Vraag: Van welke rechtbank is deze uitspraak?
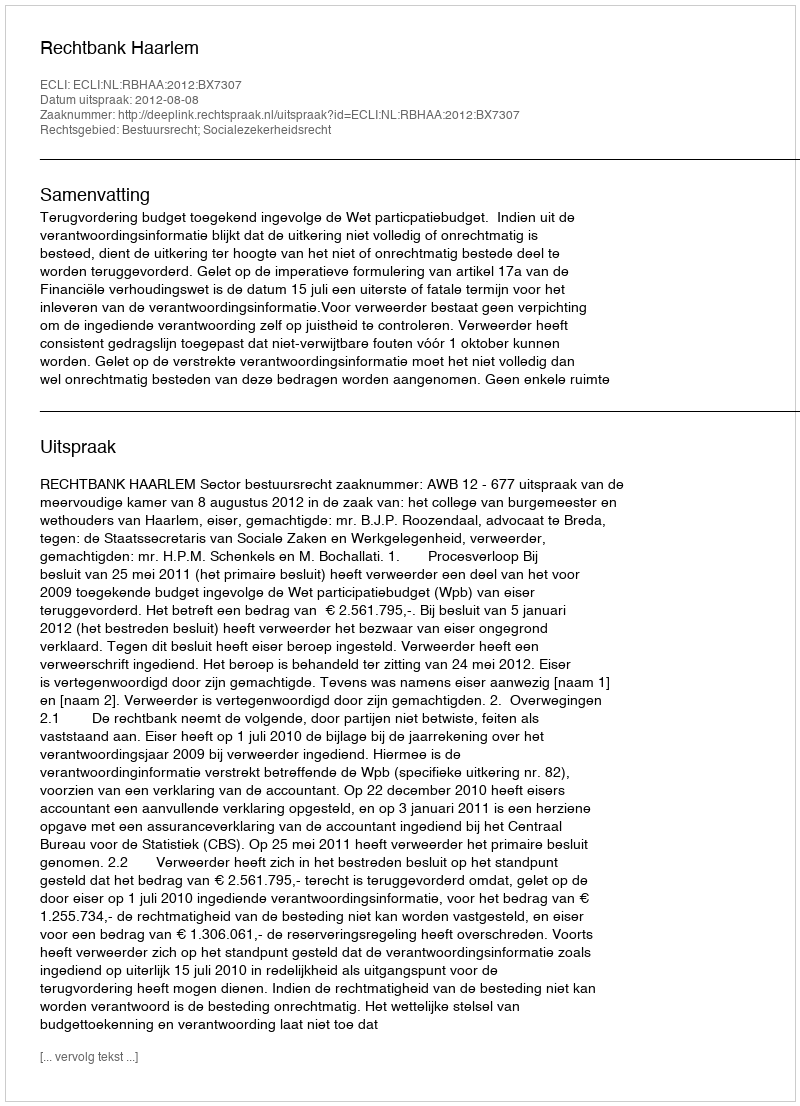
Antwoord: Rechtbank Haarlem